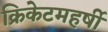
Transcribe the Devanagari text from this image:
क्रिकेटमहर्षी